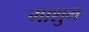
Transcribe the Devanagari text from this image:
माशुम